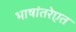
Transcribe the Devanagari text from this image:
भाषांतरेएत